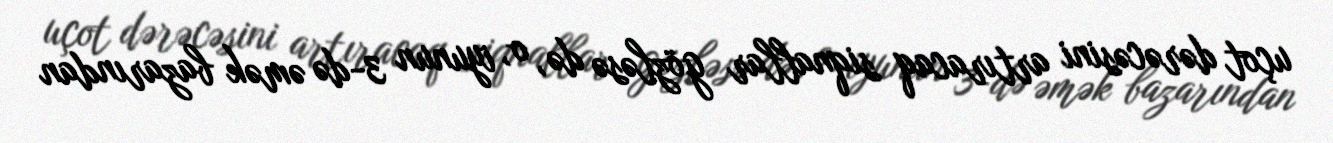
uçot dərəcəsini artıracaq siqnallar gözləsə də, o, iyunun 3-də əmək bazarından